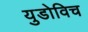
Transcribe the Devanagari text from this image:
युडोविच